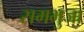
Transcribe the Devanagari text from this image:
समभुजा